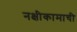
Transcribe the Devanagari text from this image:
नक्षीकामाची